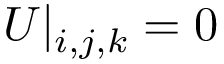
U | _ { i , j , k } = \mathrm { 0 }